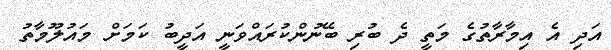
އަދި އެ އިމާރާތުގެ މަތީ ދެ ބުރި ބޭނުންކުރައްވަނީ އަދީބު ކަމަށް މައުލޫމާތު